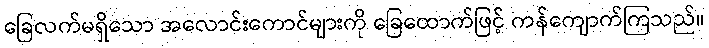
ခြေလက်မရှိသော အလောင်းကောင်များကို ခြေထောက်ဖြင့် ကန်ကျောက်ကြသည်။